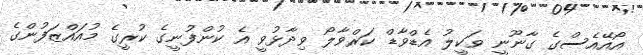
އޯއޭއެސްގެ ގާނޫނީ ވަކީލު އެޑްވާޑް ކަރްވާލޯ ވިދާޅުވީ އެ ކުންފުނީގެ ކުރީގެ މުއައްޒަފުންގެ